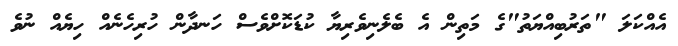
އެއްކަލަ "ތަރުބިއްޔަތު"ގެ މަތިން އެ ބެލެނިވެރިޔާ ކުޑަކޮށްވެސް ހަނދާން ހުރިހެނެއް ހިޔެއް ނުވެ